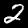
Label: 2